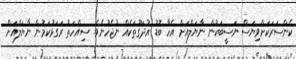
ކެންސަރަކަށްވިޔަސް ނަސީބަކުން ނާޔަލްއަށް އެހާ ބޮޑު އުދަގޫތަކެއް ނުޖެހުނެވެ. ސިއްހަތު ރަގަޅުކަމުން ނާޔަލްއަށް